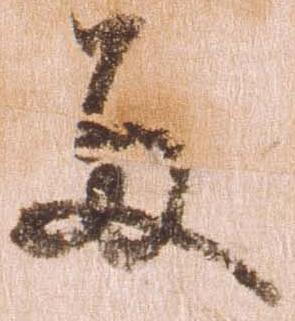
両